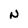
Character: N